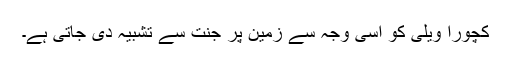
کچورا ویلی کو اسی وجہ سے زمین پر جنت سے تشبیہ دی جاتی ہے۔